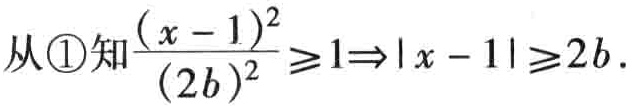
从\textcircled{1}知$\frac{(x - 1)^2}{(2b)^2} \geq 1\Rightarrow|x - 1|\geq2b$.